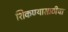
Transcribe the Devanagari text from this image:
शिकण्यासाठीचा